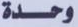
وحدة